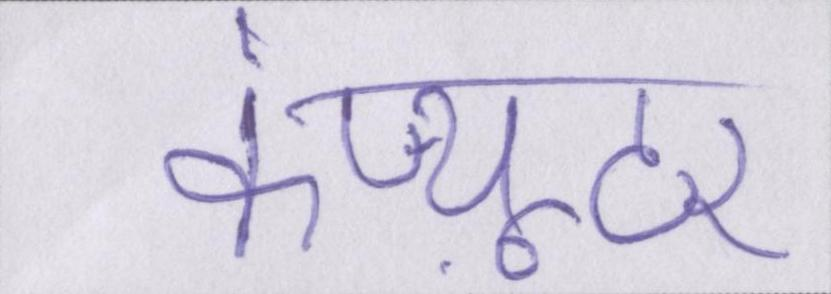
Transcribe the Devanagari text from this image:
कंप्यूटर